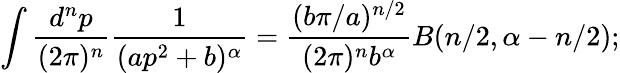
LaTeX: \int\frac{d^{n}p}{(2\pi)^{n}}\frac{1}{(ap^{2}+b)^{\alpha}}=\frac{(b\pi/a)^{n/2}}{(2\pi)^{n}b^{\alpha}}B(n/2,\alpha-n/2);